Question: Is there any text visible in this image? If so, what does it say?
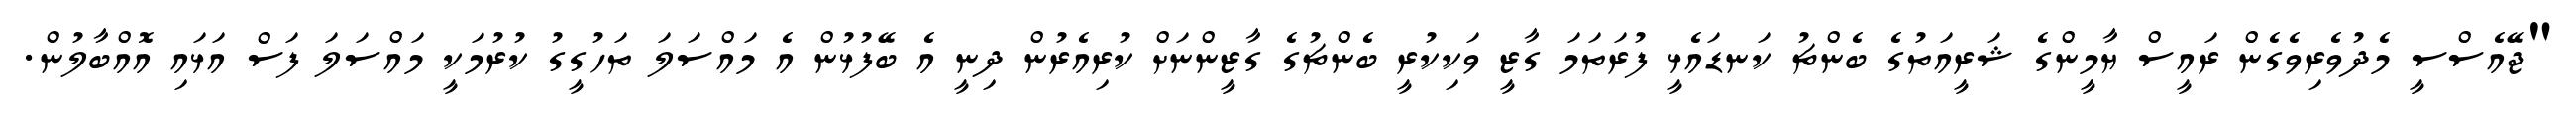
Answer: "ޖޭއެސްސީ މެދުވެރިވެގެން ރައީސް ޔާމީންގެ ޝަރީއަތުގެ ބެންޗު ކަނޑައެޅީ ފުރަތަމަ ގާޒީ ވަކިކުރީ ބެންޗުގެ ގާޒީންނަށް ކުރިއެރުން ދިނީ އެ ބޭފުޅުން އެ މައްސަލަ ތަހުގީގު ކުރުމަކީ މައްސަލަ ފަސް އަޅައި އޮއްބާލުން.